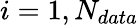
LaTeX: i=1,N_{data}